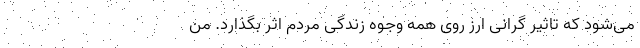
می‌شود که تاثیر گرانی ارز روی همه وجوه زندگی مردم اثر بگذارد. من